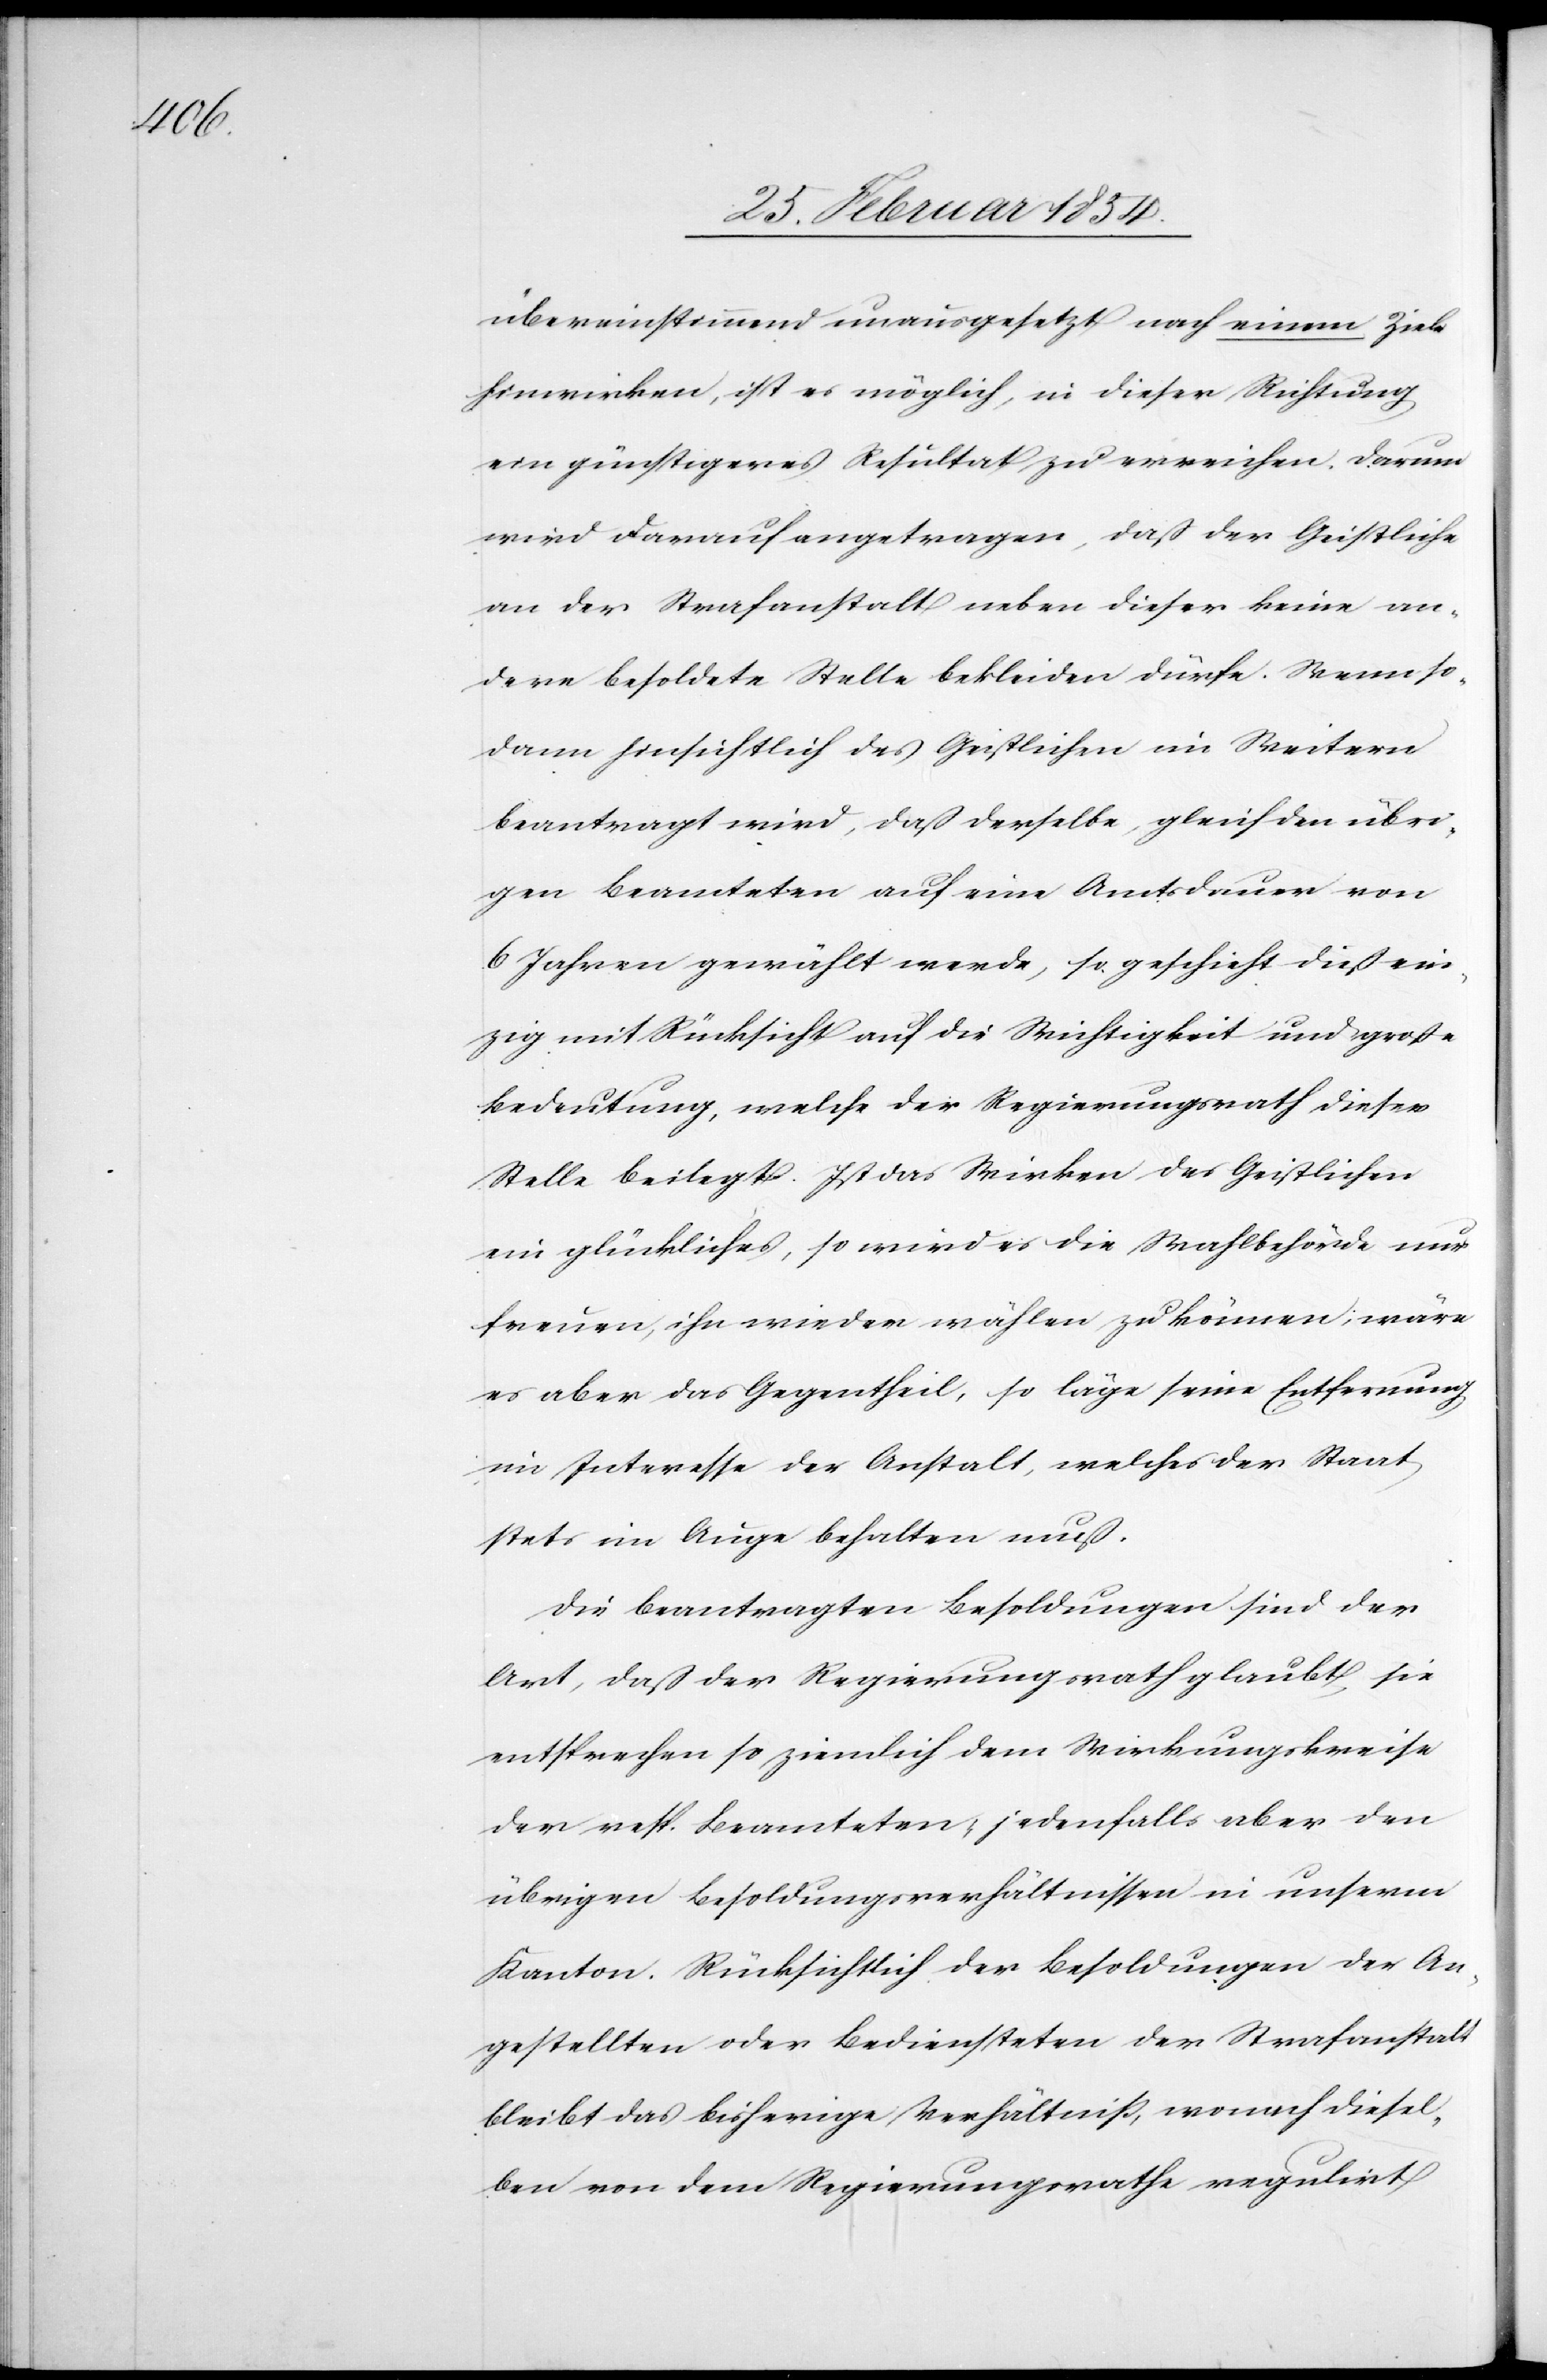
übereinstimmend unausgesetzt nach einem Ziele
hinwirken, ist es möglich, in dieser Richtung
ein günstigeres Resultat zu erreichen. Darum
wird darauf angetragen, daß der Geistliche
an der Strafanstalt neben dieser keine an¬
dere besoldete Stelle bekleiden dürfe. Wenn so¬
dann hinsichtlich des Geistlichen im Weitern
beantragt wird, daß derselbe, glich den übri¬
gen Beamteten auf eine Amtsdauer von
6 Jahren gewählt werde, so geschieht dieß ein¬
zig mit Rücksicht auf die Wichtigkeit und große
Bedeutung, welche der Regierungsrath dieser
Stelle beilegt. Ist das Wirken des Geistlichen
ein glückliches, so wird es die Wahlbehörde nur
freuen, ihn wieder wählen zu können; wäre
es aber das Gegentheil, so läge seine Entfernung
im Interesse der Anstalt, welches der Staat
stets im Auge behalten muß.
Die beantragten Besoldungen sind der
Art, daß der Regierungsrath glaubt, sie
entsprechen so ziemlich dem Wirkungskreise
der resp. Beamteten, jedenfalls aber den
übrigen Besoldungsverhältnissen in unserm
Kanton. Rücksichtlich der Besoldungen der An¬
gestellten oder Bediensteten der Strafanstalt
bleibt das bisherige Verhältniß, wonach diesel¬
ben von dem Regierungsrathe regulirt